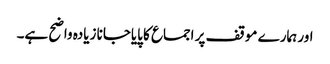
اور ہمارے موقف پر اجماع کا پایاجانا زیادہ واضح ہے۔